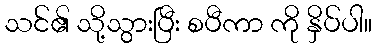
သင်၏ သို့သွားပြီး စပီကာ ကို နှိပ်ပါ။